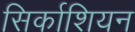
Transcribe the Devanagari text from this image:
सिर्काशियन